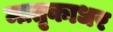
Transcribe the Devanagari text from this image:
मातृकाधर